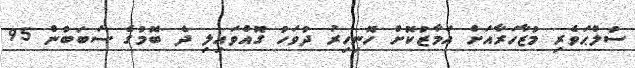
ސުލްޙަވެރި މުޒާހަރާއަށް އަމާޒުކޮށް ހޮނިހިރު ދުވަހު ގޮއްވައިލި ދެ ބޮމުގެ ސަބަބުން 95